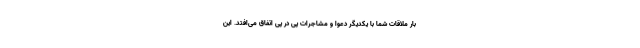
بار ملاقات شما با یکدیگر دعوا و مشاجرات پی در پی اتفاق می‌افتد. این